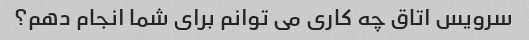
سرویس اتاق چه کاری می توانم برای شما انجام دهم؟